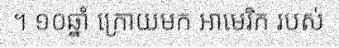
។ ១០ឆ្នាំ ក្រោយមក អាមេរិក របស់